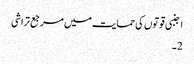
اجنبی قوتوں کی حمایت میں مرجع تراشی
2۔